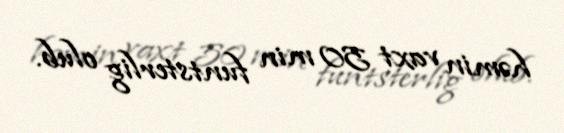
həmin vaxt 50 min funtsterlig olub.